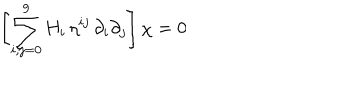
LaTeX: \left[ \sum _ { i , j = 0 } ^ { 9 } H _ { i } \, \eta ^ { i j } \, \partial _ { i } \partial _ { j } \right] \chi = 0